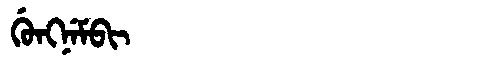
Manchu: ᡤᡠᠩᠨᡝᠮᠪᡳ
Romanization: GUNGNEMBI